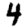
Digit: 4